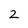
Character: 2